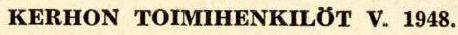
KERHON TOIMIHENKILÖT V.1948.